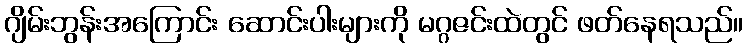
ဂျိမ်းဘွန်းအကြောင်း ဆောင်းပါးများကို မဂ္ဂဇင်းထဲတွင် ဖတ်နေရသည်။